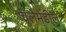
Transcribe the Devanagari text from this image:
चुलैमे़डीले